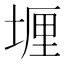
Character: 𫮈